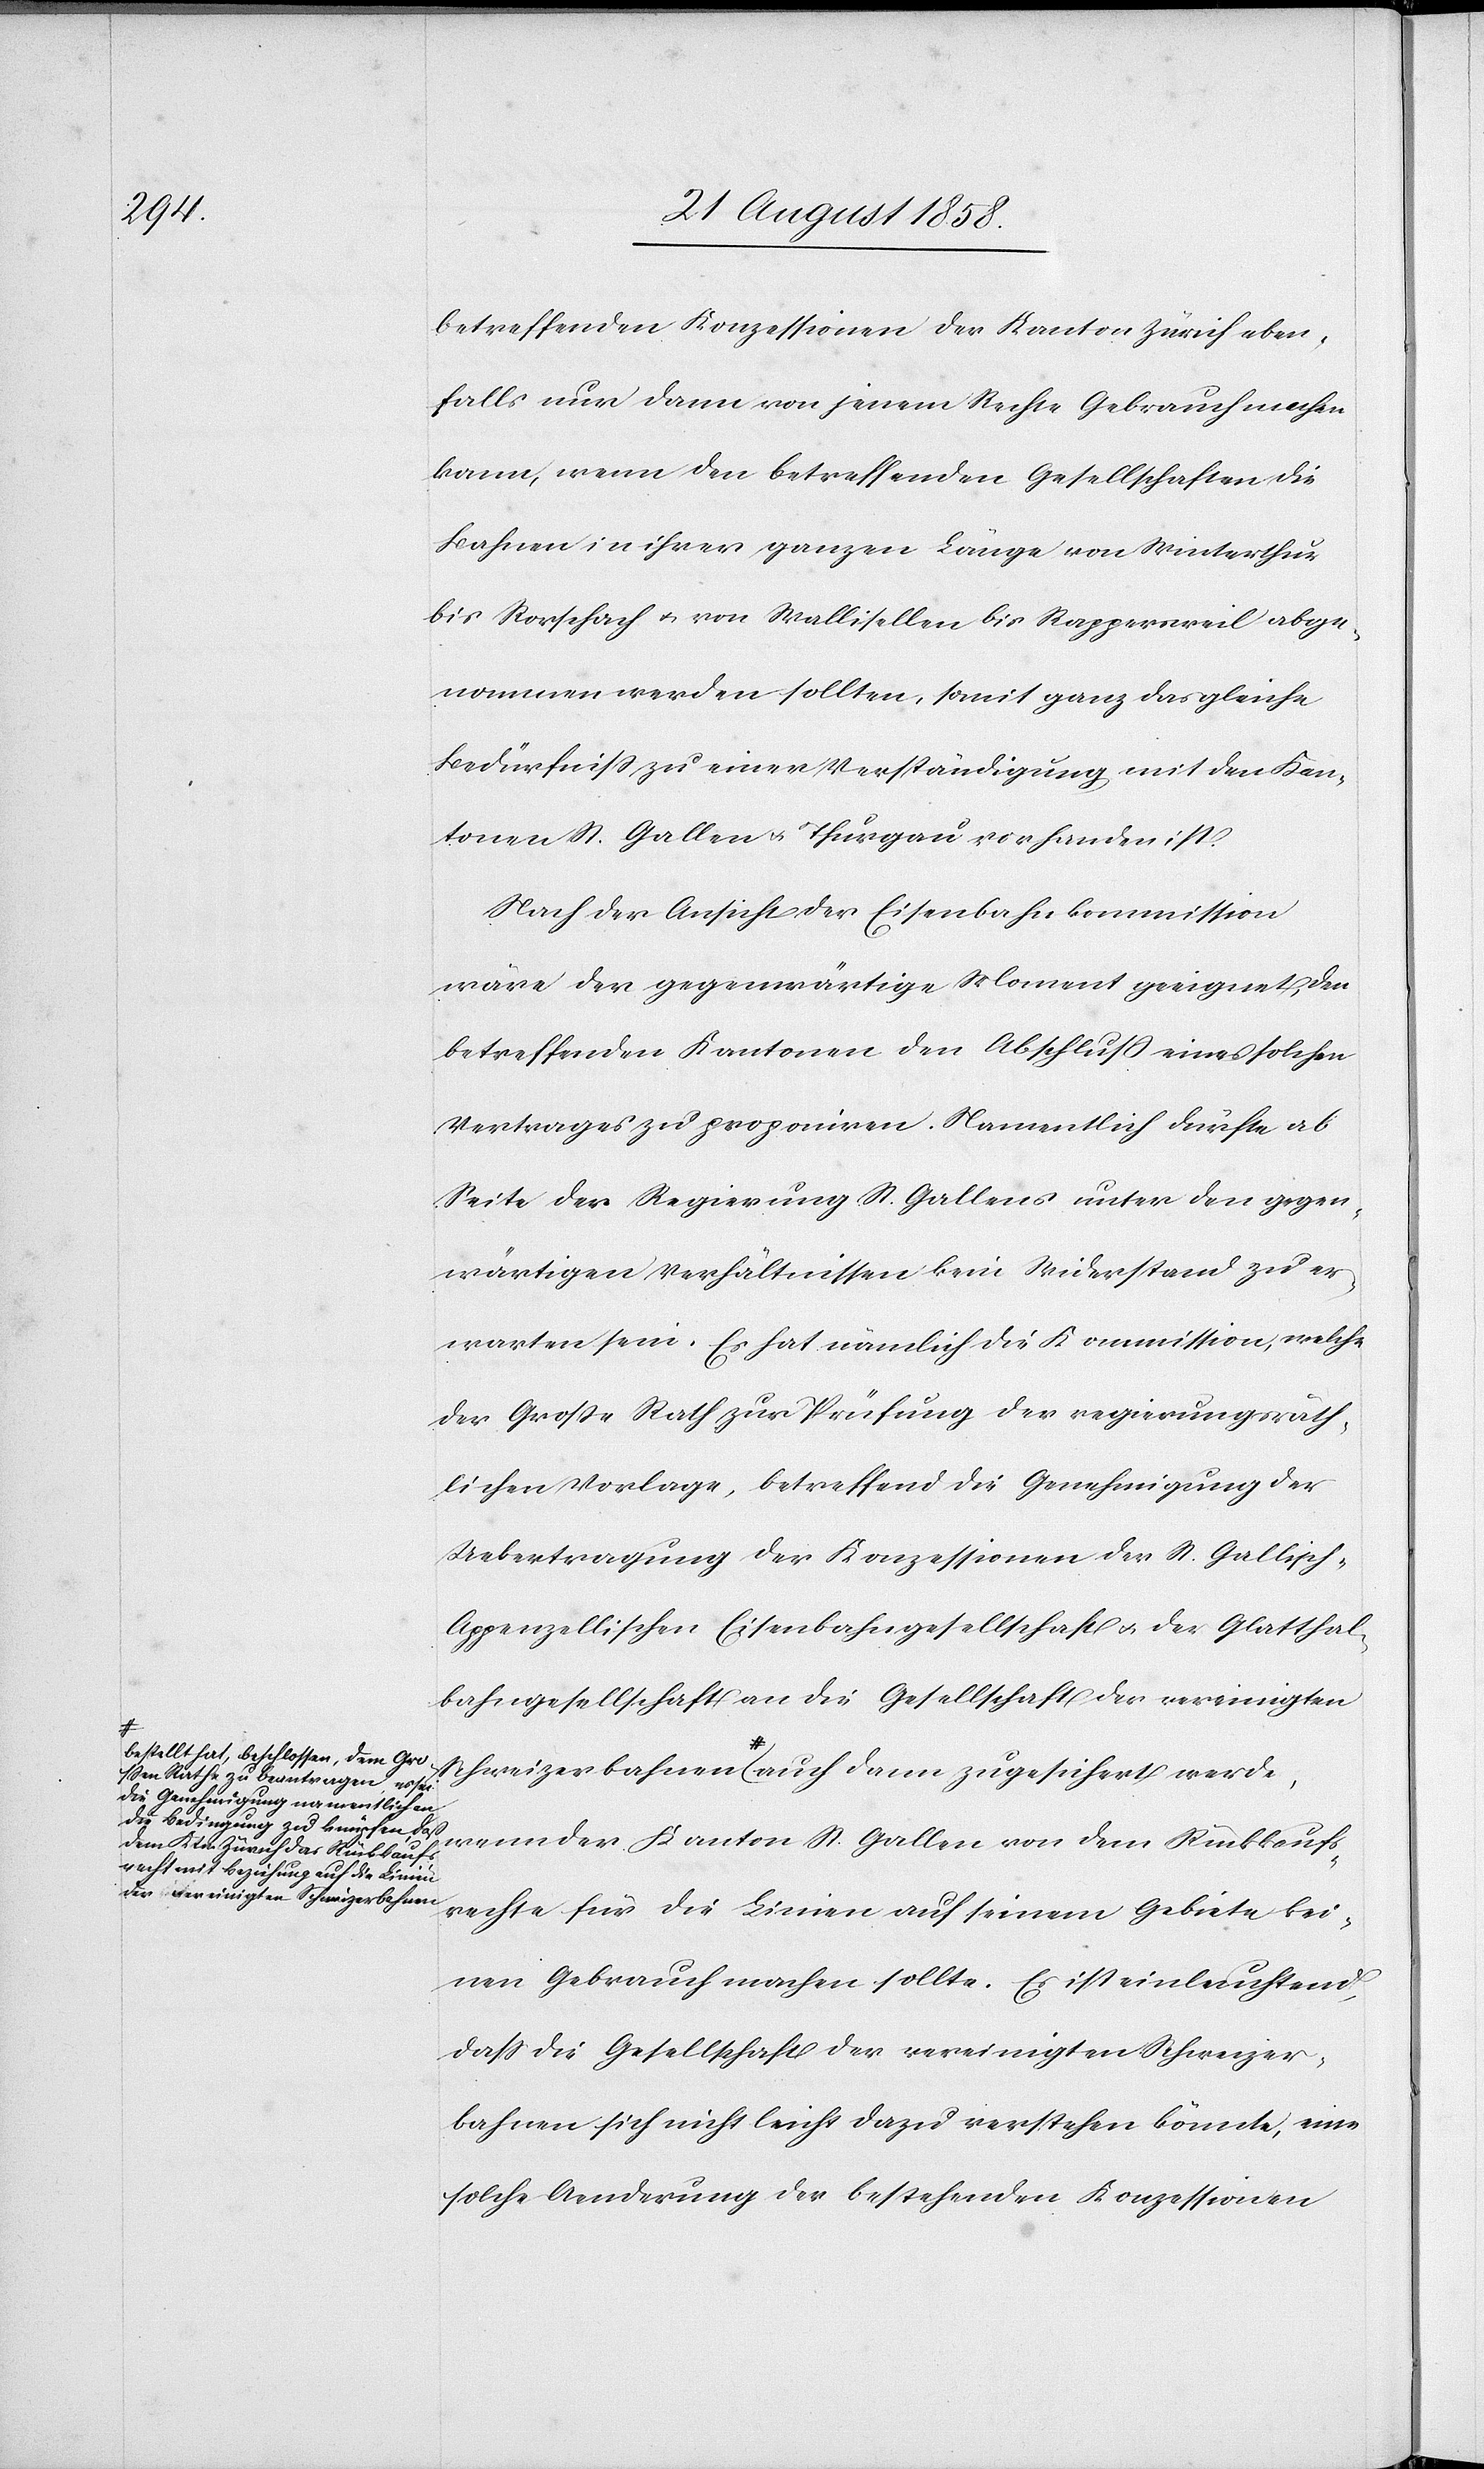
zerbahnen

a-bestellt hat, beschlossen, dem Gro¬
ssen Rathe zu beantragen, es sei
die Genehmigung namentlich an
die Bedingung zu knüpfen, daß
dem Ktn. Zürich das Rückkaufs¬
recht mit Beziehung auf die Linien

betreffenden Konzessionen der Kanton Zürich eben¬
falls nur dann von jenem Rechte Gebrauch machen
kann, wenn den betreffenden Gesellschaften die
Bahnen in ihrer ganzen Länge von Winterthur
bis Rorschach & von Wallisellen bis Rappersweil abge¬
nommen werden sollten, somit ganz das gleiche
Bedürfniss zu einer Verständigung mit den Kan¬
tonen St. Gallen & Thurgau vorhanden ist.
Nach der Ansicht der Eisenbahnkommission
wäre der gegenwärtige Moment geeignet, den
betreffenden Kantonen den Abschluß eines solchen
Vertrages zu proponiren. Namentlich dürfte ab
Seite der Regierung St. Gallens unter den gegen¬
wärtigen Verhältnissen kein Widerstand zu er¬
warten sein. Es hat nämlich die Kommission, welche
der Große Rath zur Prüfung der regierungsräth¬
lichen Vorlage, betreffend die Genehmigung der
Uebertragung der Konzessionen der St. Gallisch-A¬
ppenzellischen Eisenbahngesellschaft & der Glatthal¬
bahngesellschaft an die Gesellschaft der vereinigten
Schweizerbahnen-a auch dann zugesichert werde,
wenn der Kanton St. Gallen von dem Rückkaufs¬
rechte für die Linien auf seinem Gebiete kei¬
nen Gebrauch machen sollte. Es ist einleuchtend,
dass die Gesellschaft der vereinigten Schweizer¬
bahnen sich nicht leicht dazu verstehen könnte, eine
solche Aenderung der bestehenden Konzessionen